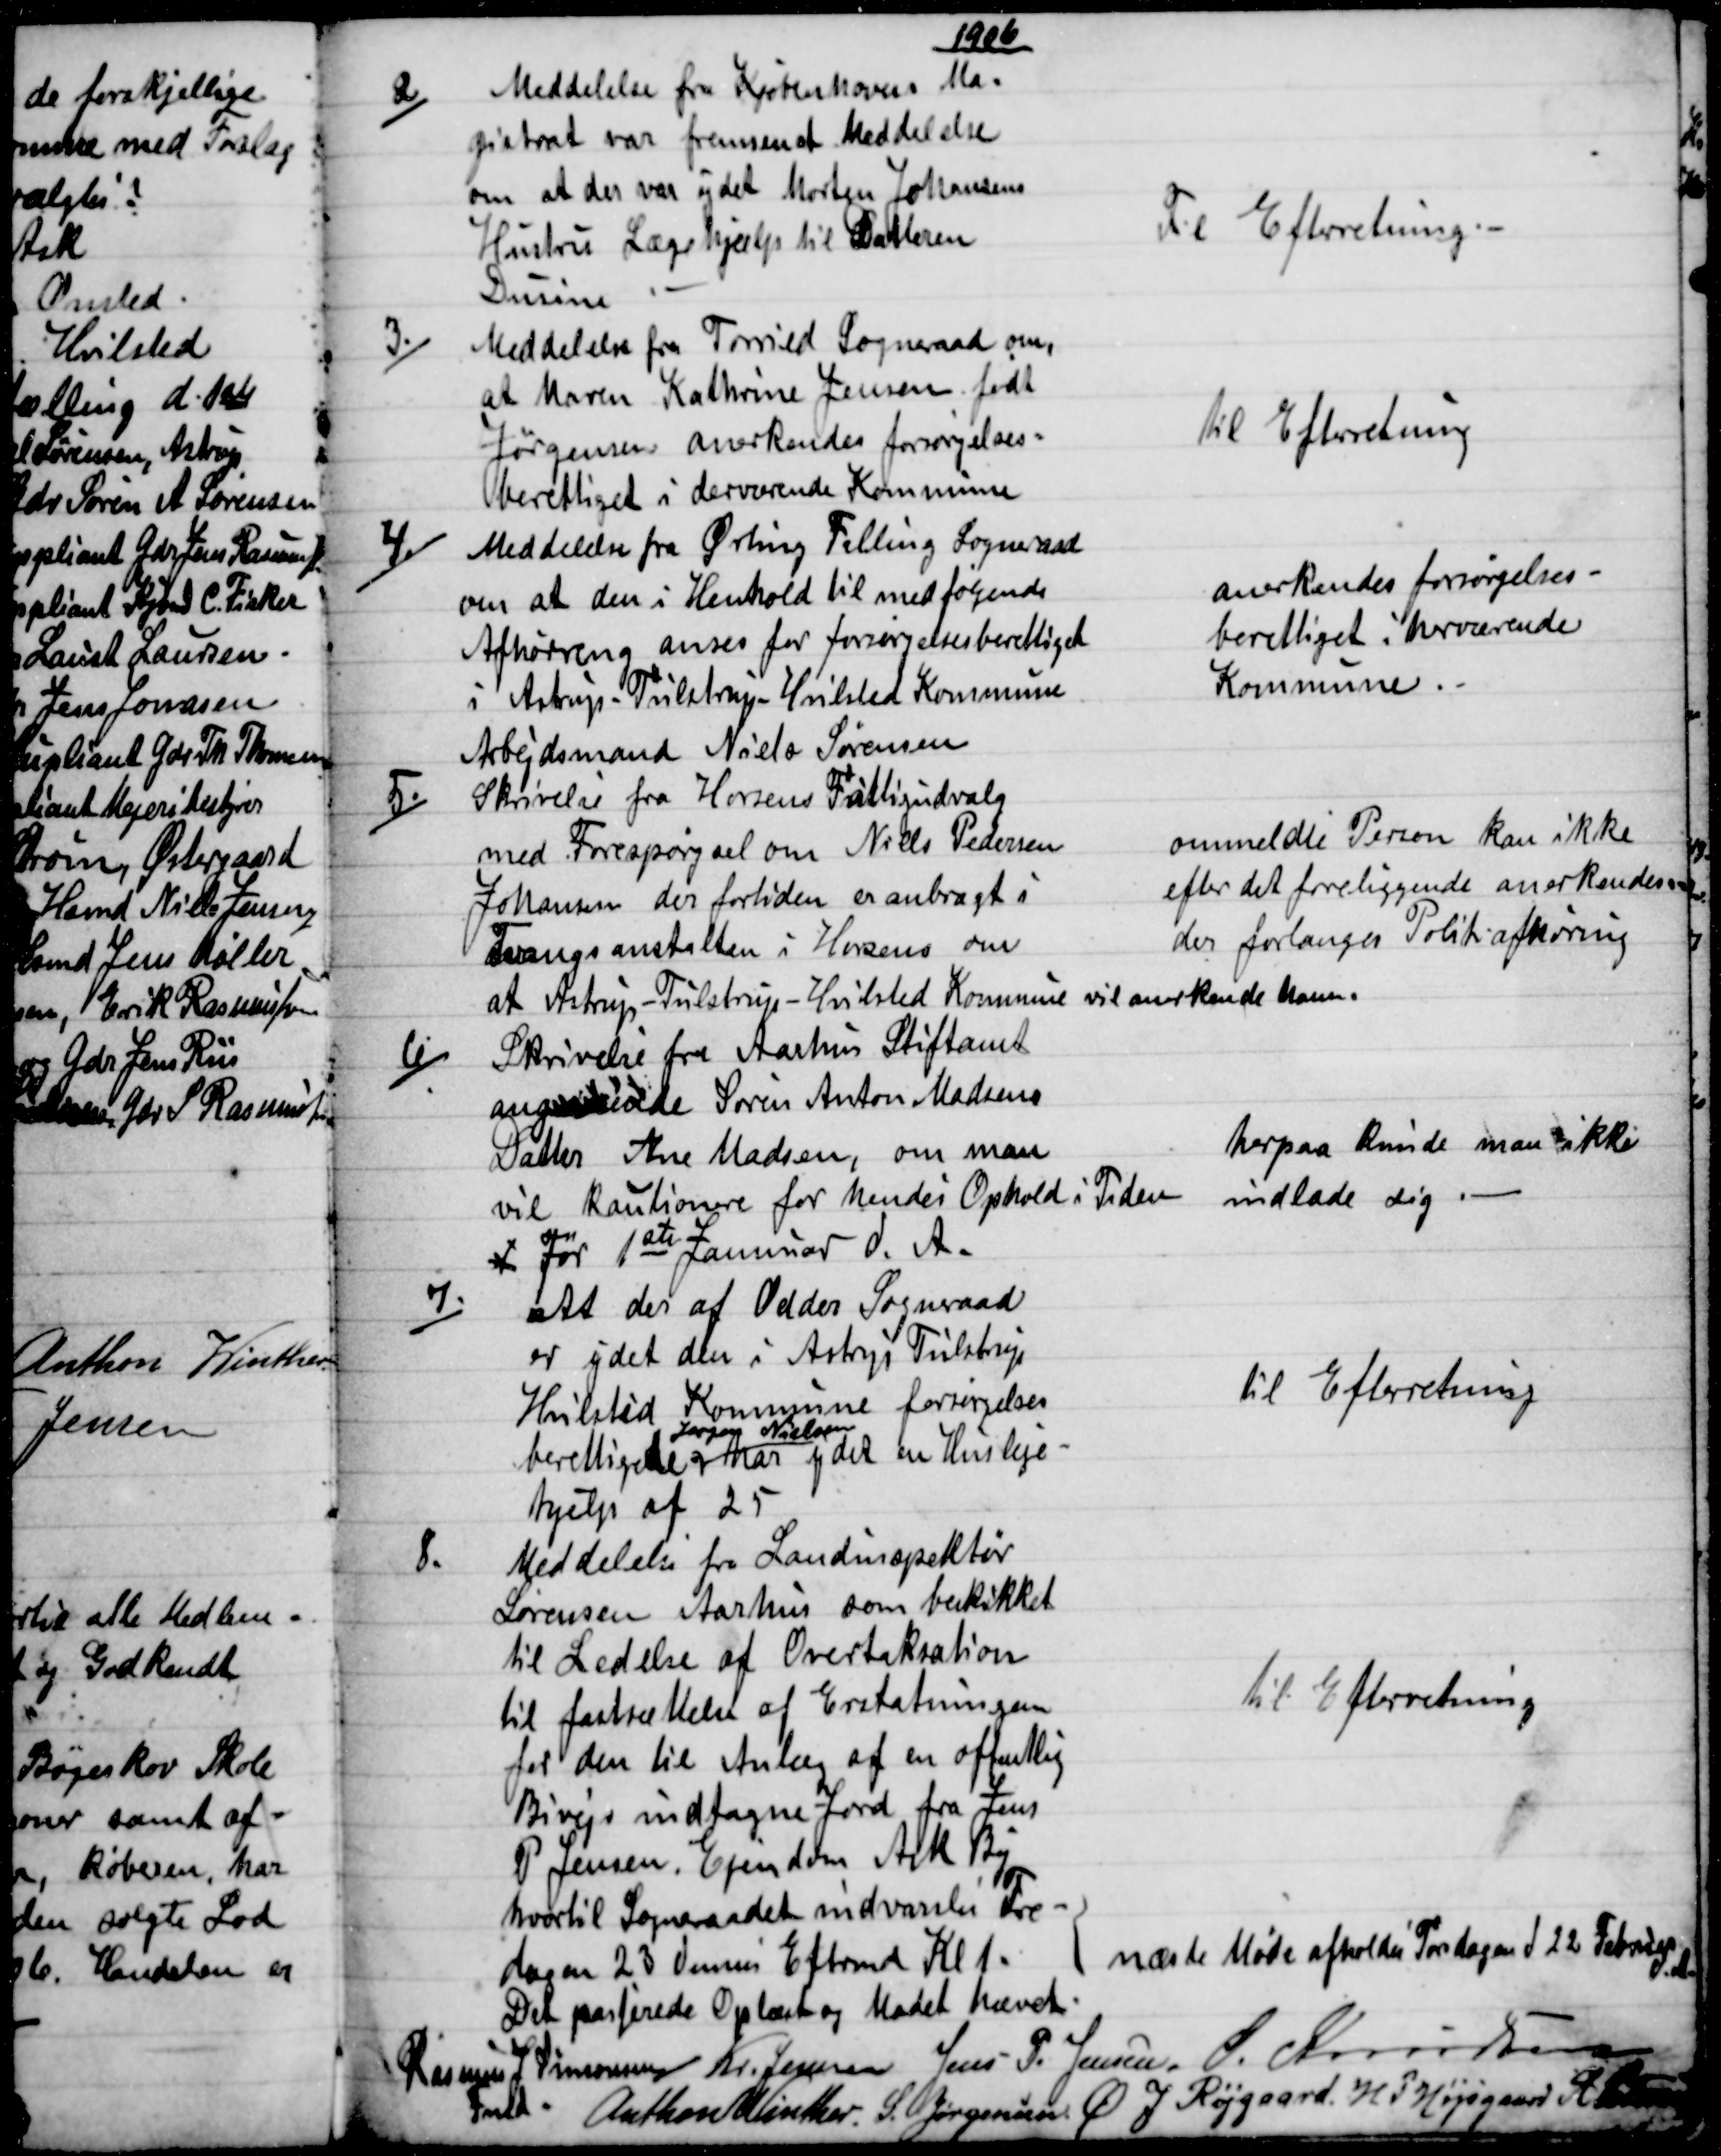
Transskription:
1906
2)
Meddelelse fra Kjøbenhavns Ma=
gistrat var fremsendt Meddelelse
om at der var ydet Morten Johansens
Hustru Lægehjælp til Datteren
Dusine
Til Efterretning.
3.)
Meddelelse fra Torrild Sogneraad om,
at Maren Kathrine Jensen født
Jørgensen anerkendes forsørgelses=
berettiget i derværende Kommune
Til Efterretning
4.)
Meddelelse fra Ørting Falling Sogneraad
om at den i Henhold til med følgende
Afhøring anses for forsørgelsesberettiget
i Astrup - Tulstrup - Hvilsted Kommune
Arbejdsmand Niels Sørensen
anerkendes forsørgelses-
berettiget i herværende
Kommune.
5.)
Skrivelse fra Horsens Fattigudvalg
med Forespørgsel om Niels Pedersen
Johansen der fortiden er anbragt i
Tvangsanstalten i Horsens om
at Astrup-Tulstrup - Hvilsted Kommune vil anerkende ham.
ommeldte Person kan ikke
efter det foreliggende anerkendes.
der forlanges Politiafhøring
6)
Skrivelse fra Aarhus Stiftamt
angaaende Søren Anton Madsens
Datter Ane Madsen, om man
vil kautionere for hendes Ophold Tiden
Før 1ste Jannuar d. A.
herpaa kunde man ikke
indlade sig
7)
At der af Odder Sogneraad
er ydet den i Astrup Tulstrup
Hvilsted Kommune forsørgelses
berettigede 
Jørgen Nielsen
har ydet en Husleje-
hjelp af 25
til Efterretning
8.
Meddelelse fra Landinspektør
Sørensen Aarhus som beskikket
til Ledelse af Overtaksation
til fastsættelse af Erstatningen
for den til Anlæg af en offentlig
Bivejs indtagne Jord fra Jens
P Jensen. Ejendom Ask By
hvortil Sogneraadet indvarsles Fre-
dagen 23 dennes Eftrmd Kl 1.
Til Efterretning
næste Møde afholdes Torsdagen d 22 Februar 
d.A.
Det passerede Oplæst og Mødet hævet.
Rasmus J. Simonsen
Fmd 
Kr. Jensen Jens P. Jensen. J. Knudsen
Anthon Winther. S. Jørgensen Ø. J. Røjgaard. H. P. Højsgaard A Petersen